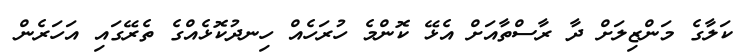
ކަލާގެ މަންޒިލަށް ދާ ރާސްތާއަށް އެޅޭ ކޮންމެ ހުރަހެއް ހިނދުކޮޅެއްގެ ތެރޭގައި އަހަރެން